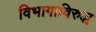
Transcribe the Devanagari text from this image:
विभागाविरुद्ध